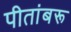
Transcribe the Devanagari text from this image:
पीतांबरू